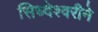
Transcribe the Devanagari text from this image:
सिध्देश्वरीने